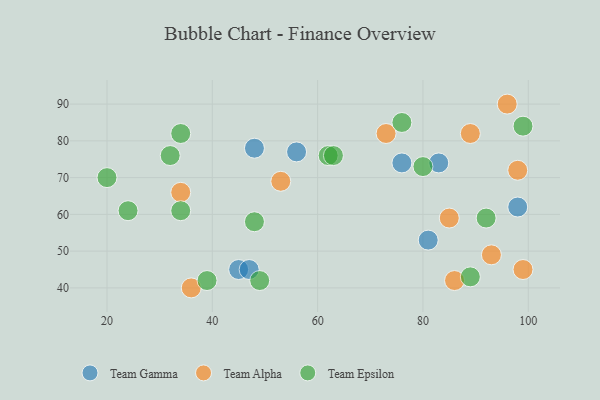
{"axis": {"x": "GDP", "y": "Life Expectancy"}, "legend": ["Team Alpha", "Team Epsilon", "Team Gamma"], "data": [{"x": "48", "y": 78, "type": "Team Gamma"}, {"x": "98", "y": 62, "type": "Team Gamma"}, {"x": "83", "y": 74, "type": "Team Gamma"}, {"x": "45", "y": 45, "type": "Team Gamma"}, {"x": "81", "y": 53, "type": "Team Gamma"}, {"x": "56", "y": 77, "type": "Team Gamma"}, {"x": "76", "y": 74, "type": "Team Gamma"}, {"x": "47", "y": 45, "type": "Team Gamma"}, {"x": "36", "y": 40, "type": "Team Alpha"}, {"x": "86", "y": 42, "type": "Team Alpha"}, {"x": "89", "y": 82, "type": "Team Alpha"}, {"x": "96", "y": 90, "type": "Team Alpha"}, {"x": "99", "y": 45, "type": "Team Alpha"}, {"x": "98", "y": 72, "type": "Team Alpha"}, {"x": "85", "y": 59, "type": "Team Alpha"}, {"x": "34", "y": 66, "type": "Team Alpha"}, {"x": "93", "y": 49, "type": "Team Alpha"}, {"x": "53", "y": 69, "type": "Team Alpha"}, {"x": "73", "y": 82, "type": "Team Alpha"}, {"x": "92", "y": 59, "type": "Team Epsilon"}, {"x": "39", "y": 42, "type": "Team Epsilon"}, {"x": "48", "y": 58, "type": "Team Epsilon"}, {"x": "49", "y": 42, "type": "Team Epsilon"}, {"x": "34", "y": 61, "type": "Team Epsilon"}, {"x": "32", "y": 76, "type": "Team Epsilon"}, {"x": "20", "y": 70, "type": "Team Epsilon"}, {"x": "76", "y": 85, "type": "Team Epsilon"}, {"x": "62", "y": 76, "type": "Team Epsilon"}, {"x": "89", "y": 43, "type": "Team Epsilon"}, {"x": "24", "y": 61, "type": "Team Epsilon"}, {"x": "80", "y": 73, "type": "Team Epsilon"}, {"x": "63", "y": 76, "type": "Team Epsilon"}, {"x": "34", "y": 82, "type": "Team Epsilon"}, {"x": "99", "y": 84, "type": "Team Epsilon"}]}